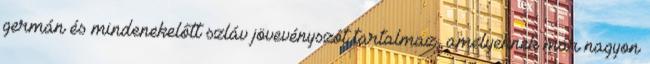
germán és mindenekelőtt szláv jövevényszót tartalmaz, amelyeknek már nagyon